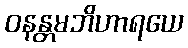
ဝနန္တမဘိဟာရယေ